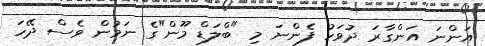
އަންނަ އަންގާރަ ދުވަހު ފެންނަ މި "ބްލަޑް މޫން"ގެ ނަމުން ވެސް ދޭހަ